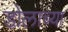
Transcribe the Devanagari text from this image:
डोलाच्या